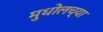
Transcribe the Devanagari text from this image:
मुधोलच्या